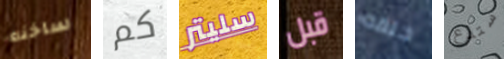
ساخنه كم سليتر قبل حلقه ستدع